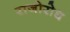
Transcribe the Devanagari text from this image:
राजोरोध